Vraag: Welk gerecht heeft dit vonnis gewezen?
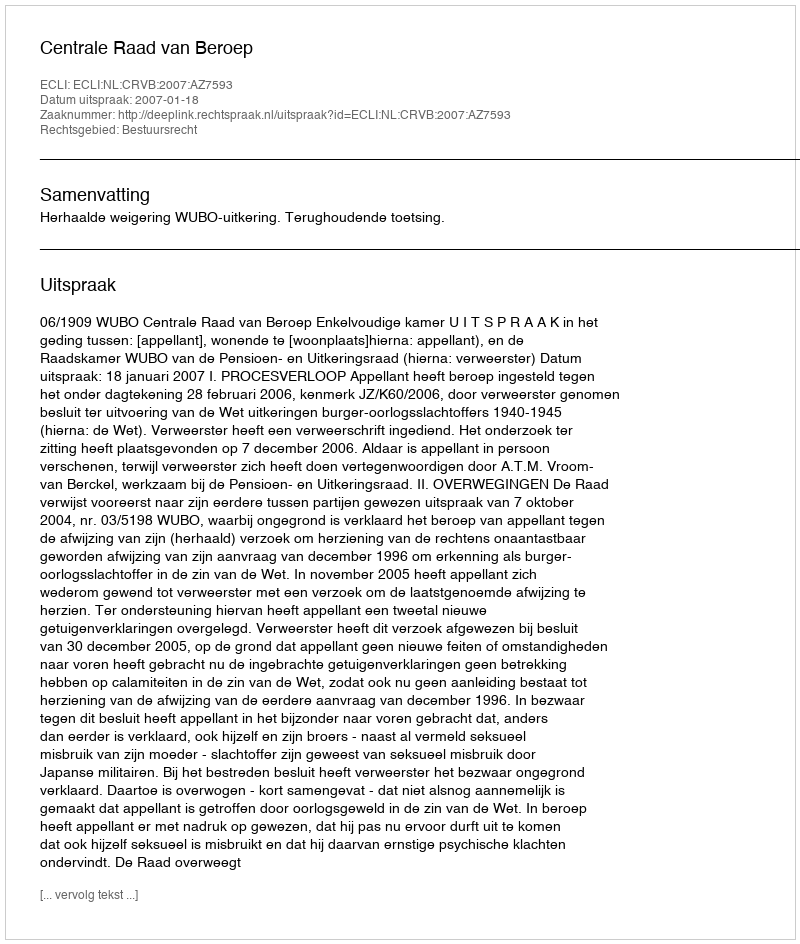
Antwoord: Centrale Raad van Beroep